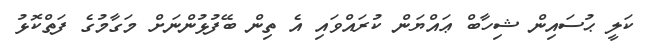
ކަލީ ޙުސައިން ޝިހާބް ޢައްޔަން ކުރައްވައި އެ ތިން ބޭފުޅުންނަށް މަގާމުގެ ފަތްކޮޅު